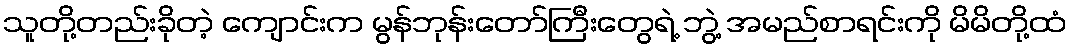
သူတို့တည်းခိုတဲ့ ကျောင်းက မွန်ဘုန်းတော်ကြီးတွေရဲ့ ဘွဲ့ အမည်စာရင်းကို မိမိတို့ထံ